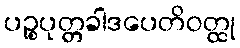
ပဉ္စပုတ္တခါဒပေတိဝတ္ထု